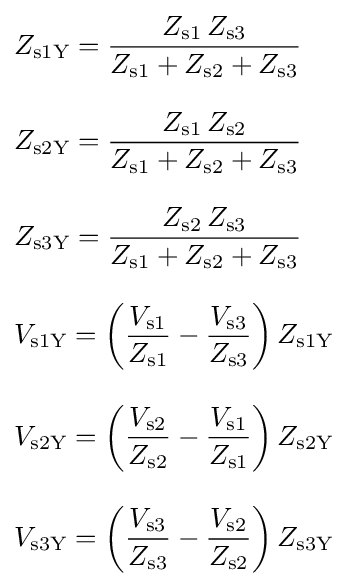
{\begin{aligned}&Z_{\text{s1Y}}={\dfrac {Z_{\text{s1}}\,Z_{\text{s3}}}{Z_{\text{s1}}+Z_{\text{s2}}+Z_{\text{s3}}}}\\[2ex]&Z_{\text{s2Y}}={\dfrac {Z_{\text{s1}}\,Z_{\text{s2}}}{Z_{\text{s1}}+Z_{\text{s2}}+Z_{\text{s3}}}}\\[2ex]&Z_{\text{s3Y}}={\dfrac {Z_{\text{s2}}\,Z_{\text{s3}}}{Z_{\text{s1}}+Z_{\text{s2}}+Z_{\text{s3}}}}\\[2ex]&V_{\text{s1Y}}=\left({\dfrac {V_{\text{s1}}}{Z_{\text{s1}}}}-{\dfrac {V_{\text{s3}}}{Z_{\text{s3}}}}\right)Z_{\text{s1Y}}\\[2ex]&V_{\text{s2Y}}=\left({\dfrac {V_{\text{s2}}}{Z_{\text{s2}}}}-{\dfrac {V_{\text{s1}}}{Z_{\text{s1}}}}\right)Z_{\text{s2Y}}\\[2ex]&V_{\text{s3Y}}=\left({\dfrac {V_{\text{s3}}}{Z_{\text{s3}}}}-{\dfrac {V_{\text{s2}}}{Z_{\text{s2}}}}\right)Z_{\text{s3Y}}\end{aligned}}